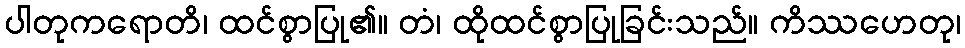
ပါတုကရောတိ၊ ထင်စွာပြု၏။ တံ၊ ထိုထင်စွာပြုခြင်းသည်။ ကိဿဟေတု၊